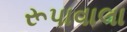
રૂપાવાલા